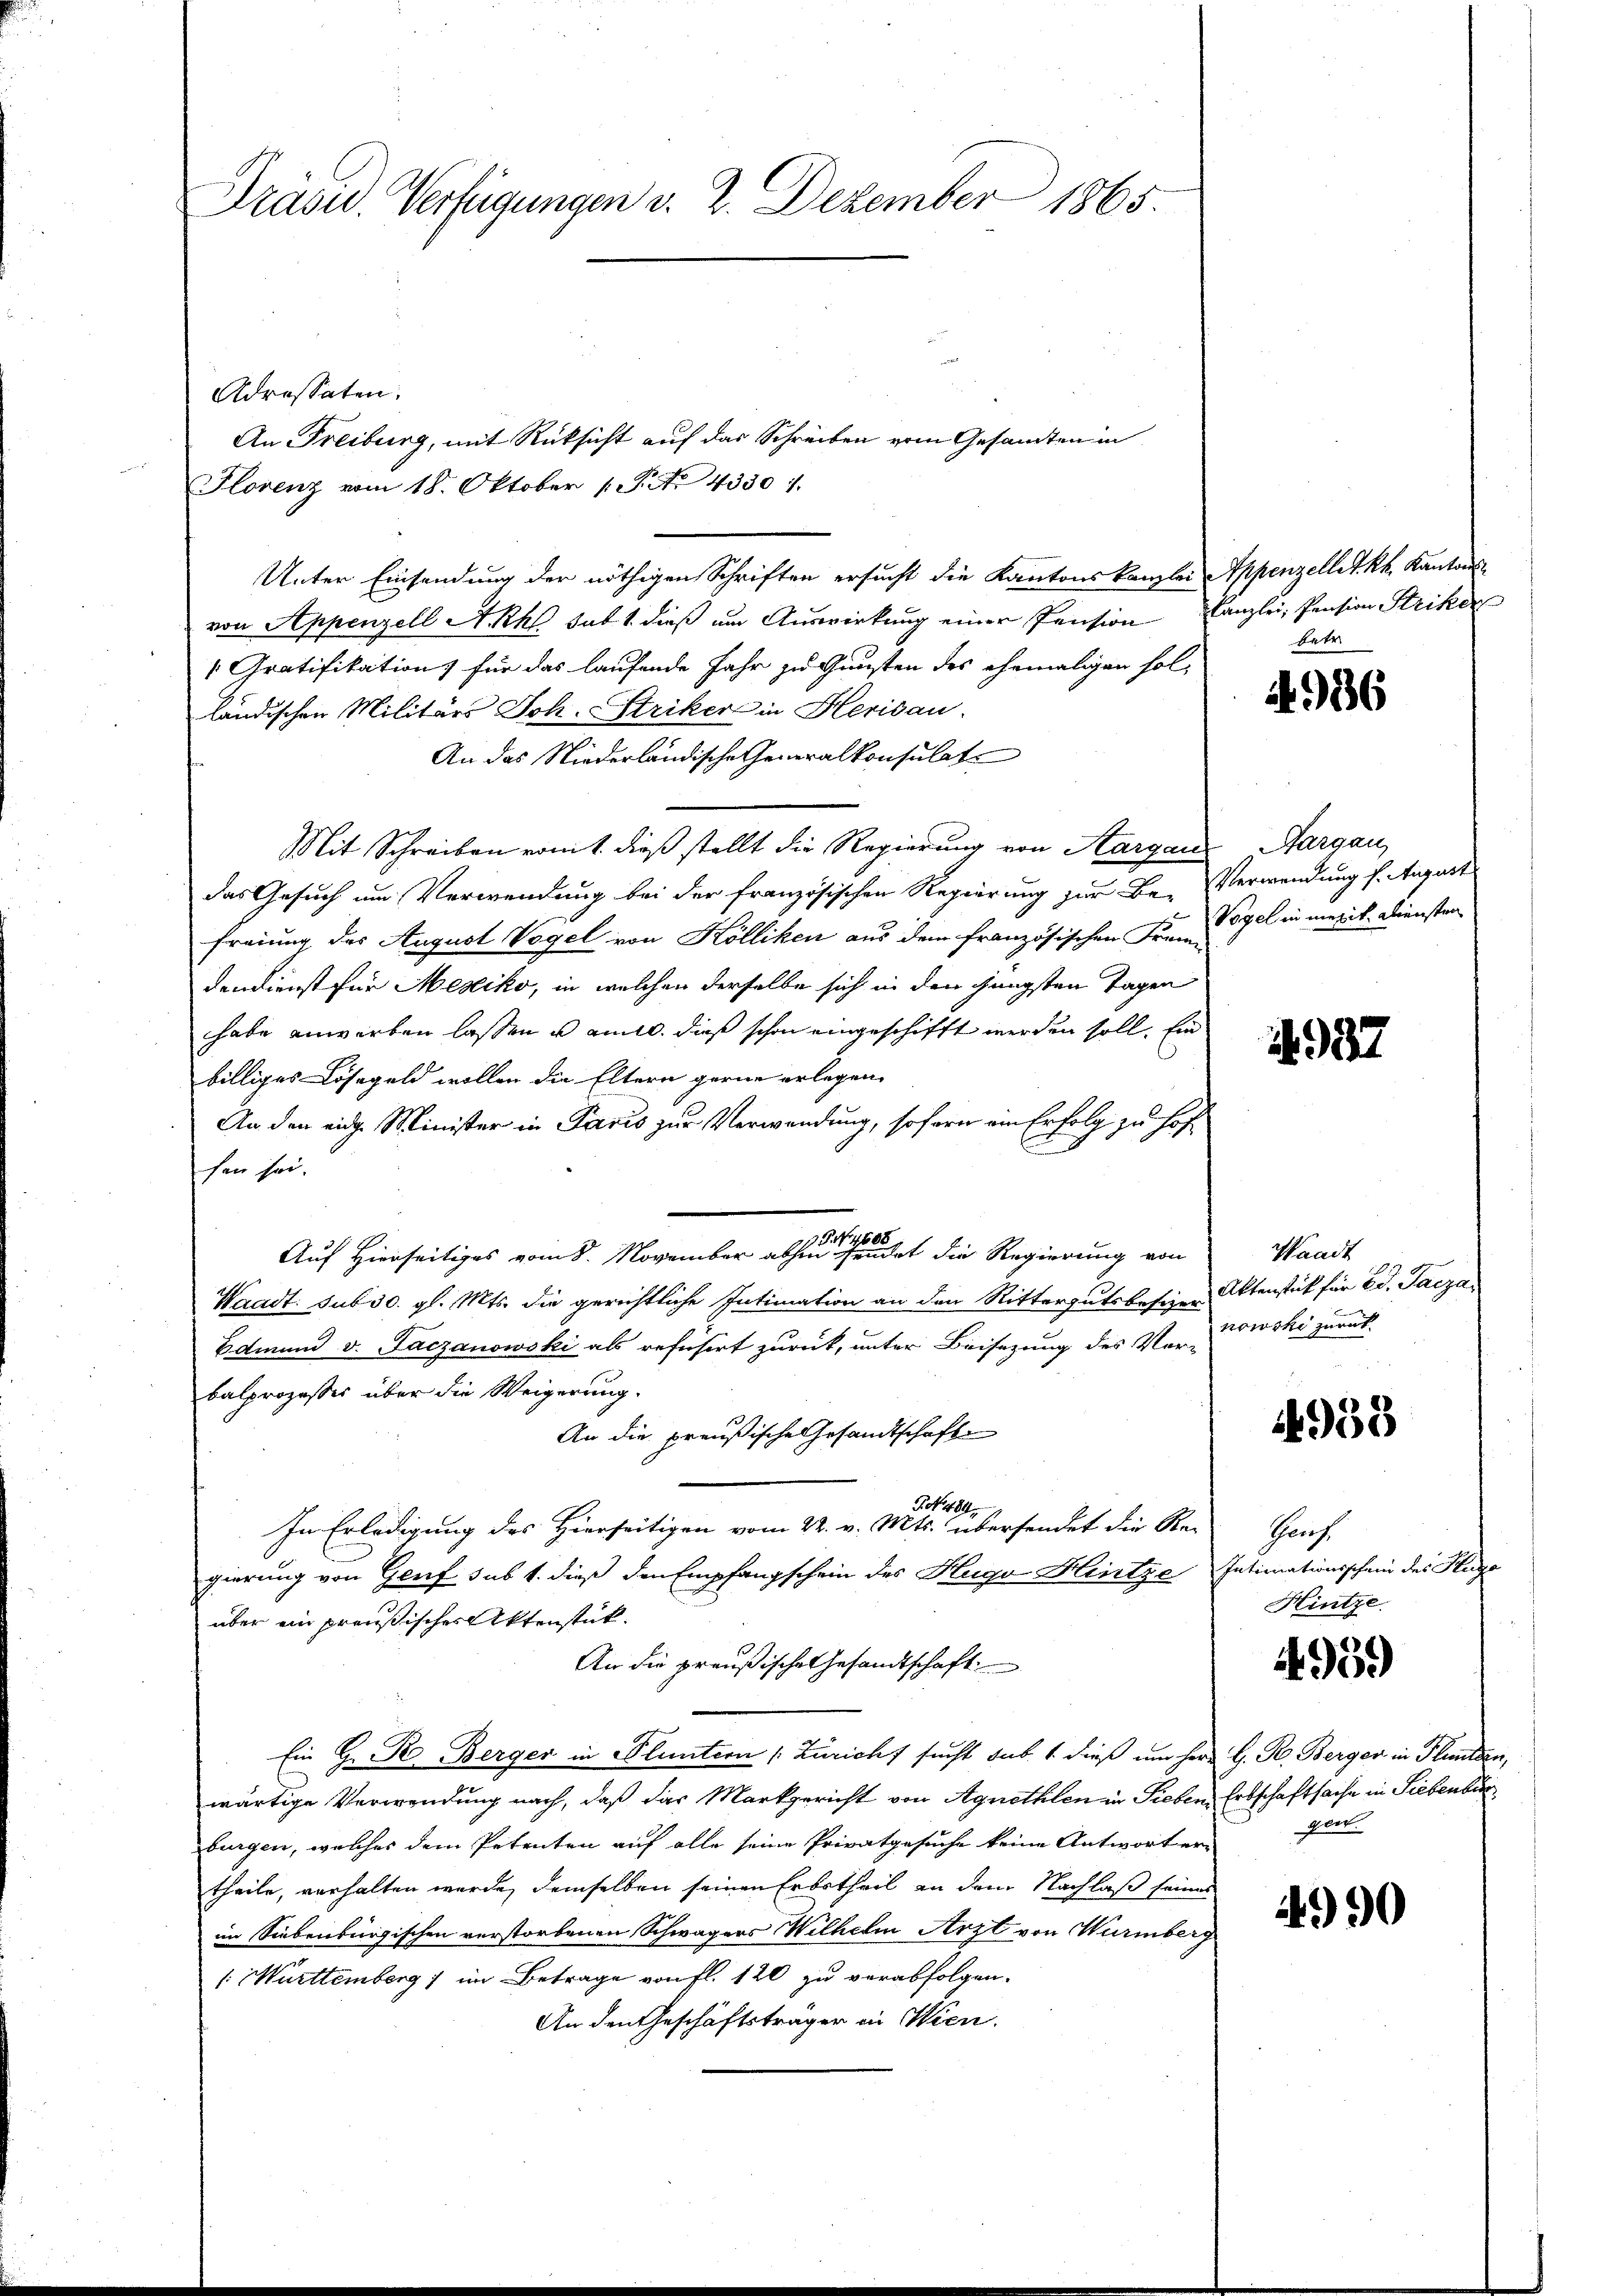
Prasw. Verfügungen v. 2. Dezember 1865.

Adressaten.
Florenz vom 18. Oktober 1. No. 4330.
Unter Einsendung der nöthigen Schriften ersucht die Kantonskanzlei Appenzellet kk. Kantonsvon Appenzell Akk satt dieß um Auswirkung einer Pension Canzlei, Pension Striker
Gratifikation) für das laufende Jahr zu Gunsten des ehemaligen fol-
ländischen Militärs Joh. Striker in Herisau.
An das Niederländische Generalkonsulate
Mit Schreiben vomt dieß stellt die Regierung von Aargau
das Gesuch um Verwendung bei der französischen Regierung zur Be-Verwendung f. August
freiung des August Vogel von Kölliken aus dem französischen Frage in mexik. Diensten
dendienst für Mesiko, in welchen derselbe sich in den jüngsten Tagen
habe anwerben lassen u. amtl. diese schon eingeschifft werden soll. Ein
billiges Lösegeld wollen die Eltern gerne erlegen,
An den eidge Minister in Paris zur Verwendung, sofern ein Erfolg zu hoffen sei.
Auf Hierseitiges vom 8. November aber eine sehendet die Regierung von
Waadt. sub 30. gl. Mts. die gerichtliche Intimation an den Rittergutsbestier Aktenstück für 2 d. Jacze
Edmund v. Paczanowski als refusirt zurück, unter Beisezung des Ver-owski zurück
balprozesser über die Weigerung.
An die preußische Gesandtschafte
IN 484.
In Erledigung des Hierseitigen vom 22. v. Mts. übersendet die Re-
gierung von Genf sub 1. dieß den Empfangschein des Hugo Hintze Intimationsschein des Huge
über ein preußischer Aktenstük¬
An die preußische Gesandtschaft
Ein Hr. R. Berger in Bluntern (Züricht sucht sub. 1. dieß um Herr G. R. Berger in Planten,
wärtige Verwendung nach, daß das Markgericht von Agnethlen in Sieben Erbschaftsache in Siebenbur
burgen, welches dem Petenten auf alle seine Privatgesuche keine Antwort er-
theile, verhalten wurde, demselben seinen Erbstheil an dem Nachlaß seines
im Siebenburgischen verstorbenen Schwagers Wilhelm Arzt von Wurmberg
(Mürttemberg ) im Betrage von fl. 120 zu verabfolgen.
An den Geschäftsträger in Wien.

An Freiburg, mit Rüksicht auf das Schreiben vom Gesandten in

betr

4986

Aargau,

4937

Waadt

4958

Greif
Hintze.

4950)

gert.

4990